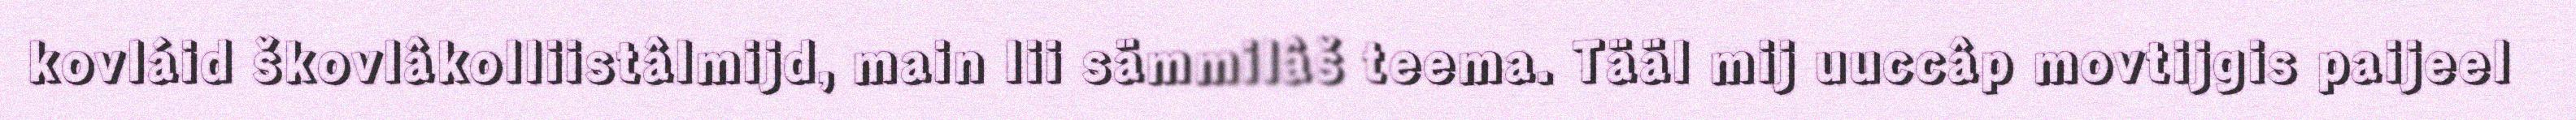
kovláid škovlâkolliistâlmijd, main lii sämmilâš teema. Tääl mij uuccâp movtijgis paijeel